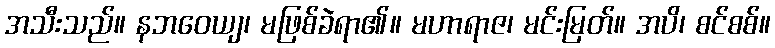
အသီးသည်။ နဘဝေယျ၊ မဖြစ်ခဲရာ၏။ မဟာရာဇ၊ မင်းမြတ်။ အပိ၊ စင်စစ်။